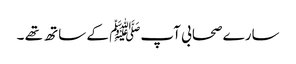
سارے صحابی آپﷺ کے ساتھ تھے ۔